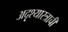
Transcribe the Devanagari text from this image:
अदृश्यास्त्राची